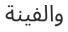
والفينة